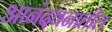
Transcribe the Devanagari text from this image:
आनंदवनातील